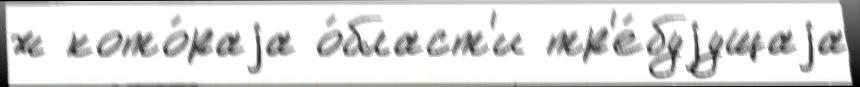
ж кото́раjа о́бласт'и тр'е́буjущаjа